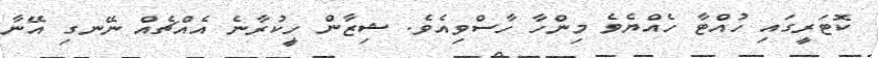
ކޮޓަރީގައި ހުއްޓާ ހެއްޔެވެ މިންހާ ހާސްވިއެވެ. ޝިޒާން ހީކުރާނެ އެއްޗެއް ނޭނގި އޭނާ